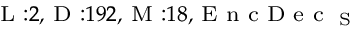
_ { \textrm { L } : 2 , \textrm { D } : 1 9 2 , \textrm { M } : 1 8 , \textrm { E n c D e c } _ { \textrm { S } } }